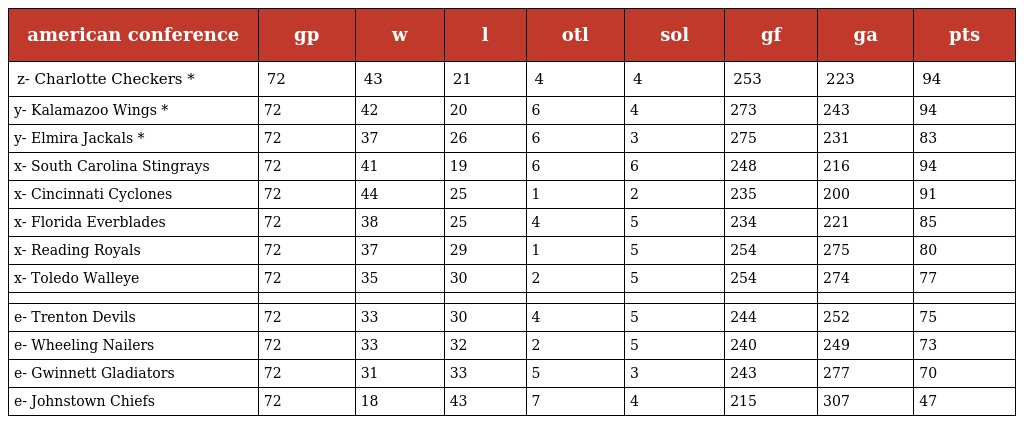
| american conference | gp | w | l | otl | sol | gf | ga | pts |
 | --- | --- | --- | --- | --- | --- | --- | --- | --- |
 | z- Charlotte Checkers * | 72 | 43 | 21 | 4 | 4 | 253 | 223 | 94 |
 | y- Kalamazoo Wings * | 72 | 42 | 20 | 6 | 4 | 273 | 243 | 94 |
 | y- Elmira Jackals * | 72 | 37 | 26 | 6 | 3 | 275 | 231 | 83 |
 | x- South Carolina Stingrays | 72 | 41 | 19 | 6 | 6 | 248 | 216 | 94 |
 | x- Cincinnati Cyclones | 72 | 44 | 25 | 1 | 2 | 235 | 200 | 91 |
 | x- Florida Everblades | 72 | 38 | 25 | 4 | 5 | 234 | 221 | 85 |
 | x- Reading Royals | 72 | 37 | 29 | 1 | 5 | 254 | 275 | 80 |
 | x- Toledo Walleye | 72 | 35 | 30 | 2 | 5 | 254 | 274 | 77 |
 |  |  |  |  |  |  |  |  |  |
 | e- Trenton Devils | 72 | 33 | 30 | 4 | 5 | 244 | 252 | 75 |
 | e- Wheeling Nailers | 72 | 33 | 32 | 2 | 5 | 240 | 249 | 73 |
 | e- Gwinnett Gladiators | 72 | 31 | 33 | 5 | 3 | 243 | 277 | 70 |
 | e- Johnstown Chiefs | 72 | 18 | 43 | 7 | 4 | 215 | 307 | 47 |